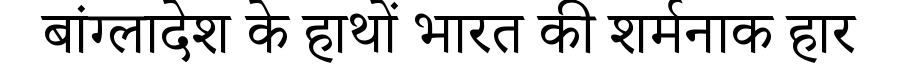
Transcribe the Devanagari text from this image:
बांग्लादेश के हाथों भारत की शर्मनाक हार